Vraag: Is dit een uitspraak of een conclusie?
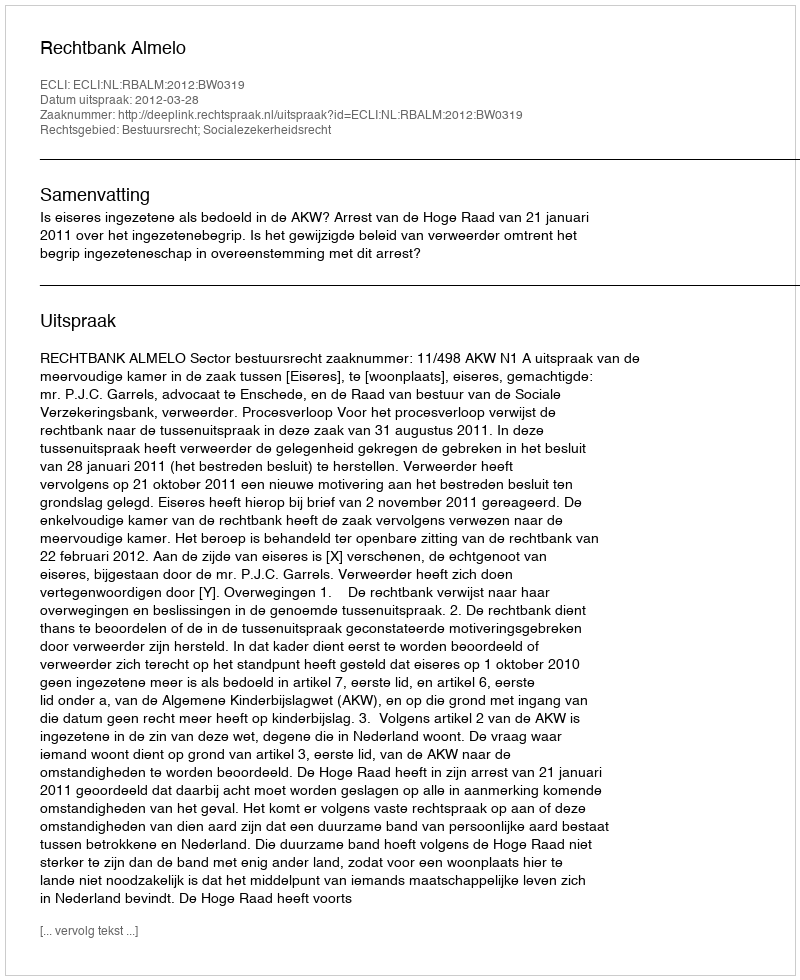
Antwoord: Uitspraak